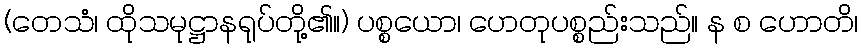
(တေသံ၊ ထိုသမုဋ္ဌာနရုပ်တို့၏။) ပစ္စယော၊ ဟေတုပစ္စည်းသည်။ န စ ဟောတိ၊